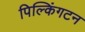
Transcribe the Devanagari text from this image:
पिल्किंगटन